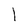
Character: l